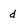
Character: d